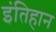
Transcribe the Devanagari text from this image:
इंतिहान